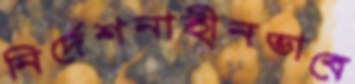
নির্দেশনাহীনভাবে